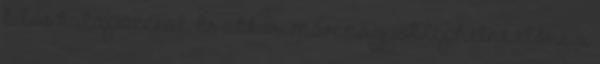
kilós kalapáccsal. És akkor már nagyot léphetne előre a